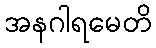
အနဂါရမေတိ